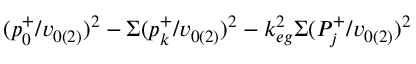
( p _ { 0 } ^ { + } / v _ { 0 ( 2 ) } ) ^ { 2 } - \Sigma ( p _ { k } ^ { + } / v _ { 0 ( 2 ) } ) ^ { 2 } - k _ { e g } ^ { 2 } \Sigma ( P _ { j } ^ { + } / v _ { 0 ( 2 ) } ) ^ { 2 }